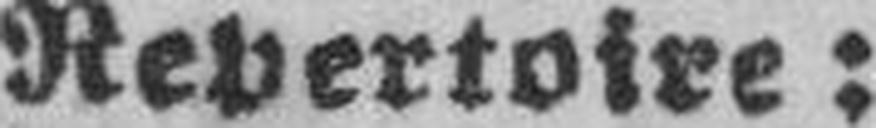
Repertoire: